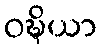
ဝဍ္ဎိယာ